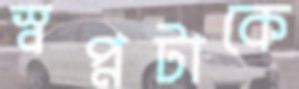
স্বপ্নটাকে